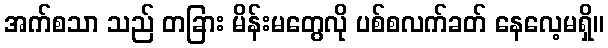
အက်စသာ သည် တခြား မိန်းမတွေလို ပစ်စလက်ခတ် နေလေ့မရှိ။